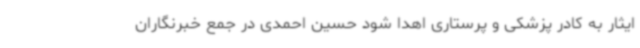
ایثار به کادر پزشکی و پرستاری اهدا شود حسین احمدی در جمع خبرنگاران